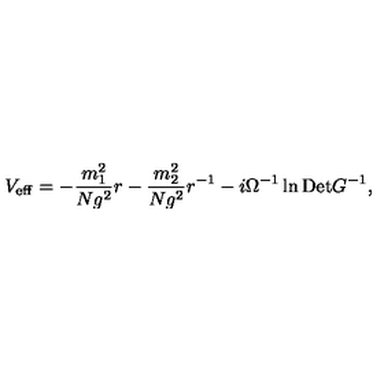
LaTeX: V _ { \mathrm { e f f } } = - \frac { m _ { 1 } ^ { 2 } } { N g ^ { 2 } } r - \frac { m _ { 2 } ^ { 2 } } { N g ^ { 2 } } r ^ { - 1 } - i \Omega ^ { - 1 } \ln \mathrm { D e t } G ^ { - 1 } ,